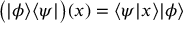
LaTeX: { \bigl ( } | \phi \rangle \langle \psi | { \bigr ) } ( x ) = \langle \psi | x \rangle | \phi \rangle